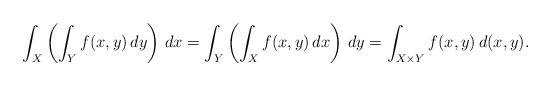
LaTeX: \begin{align*}\int_X\left(\int_Y f(x,y)\,dy\right)\,dx=\int_Y\left(\int_X f(x,y)\,dx\right)\,dy=\int_{X\times Y} f(x,y)\,d(x,y).\end{align*}